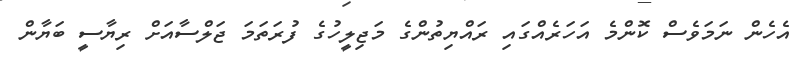
އެހެން ނަމަވެސް ކޮންމެ އަހަރެއްގައި ރައްޔިތުންގެ މަޖިލީހުގެ ފުރަތަމަ ޖަލްސާއަށް ރިޔާސީ ބަޔާން